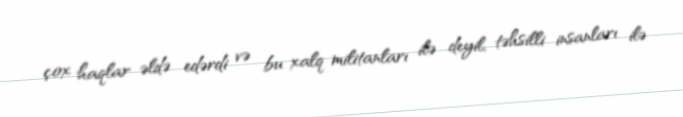
çox haqlar əldə edərdi və bu xalq militanları ilə deyil, təhsilli insanları ilə